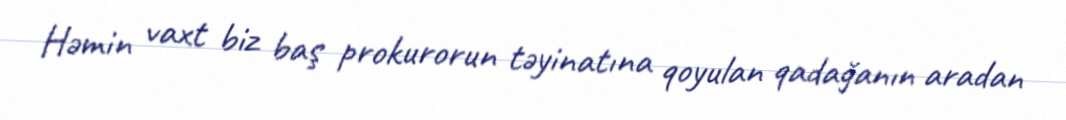
Həmin vaxt biz baş prokurorun təyinatına qoyulan qadağanın aradan